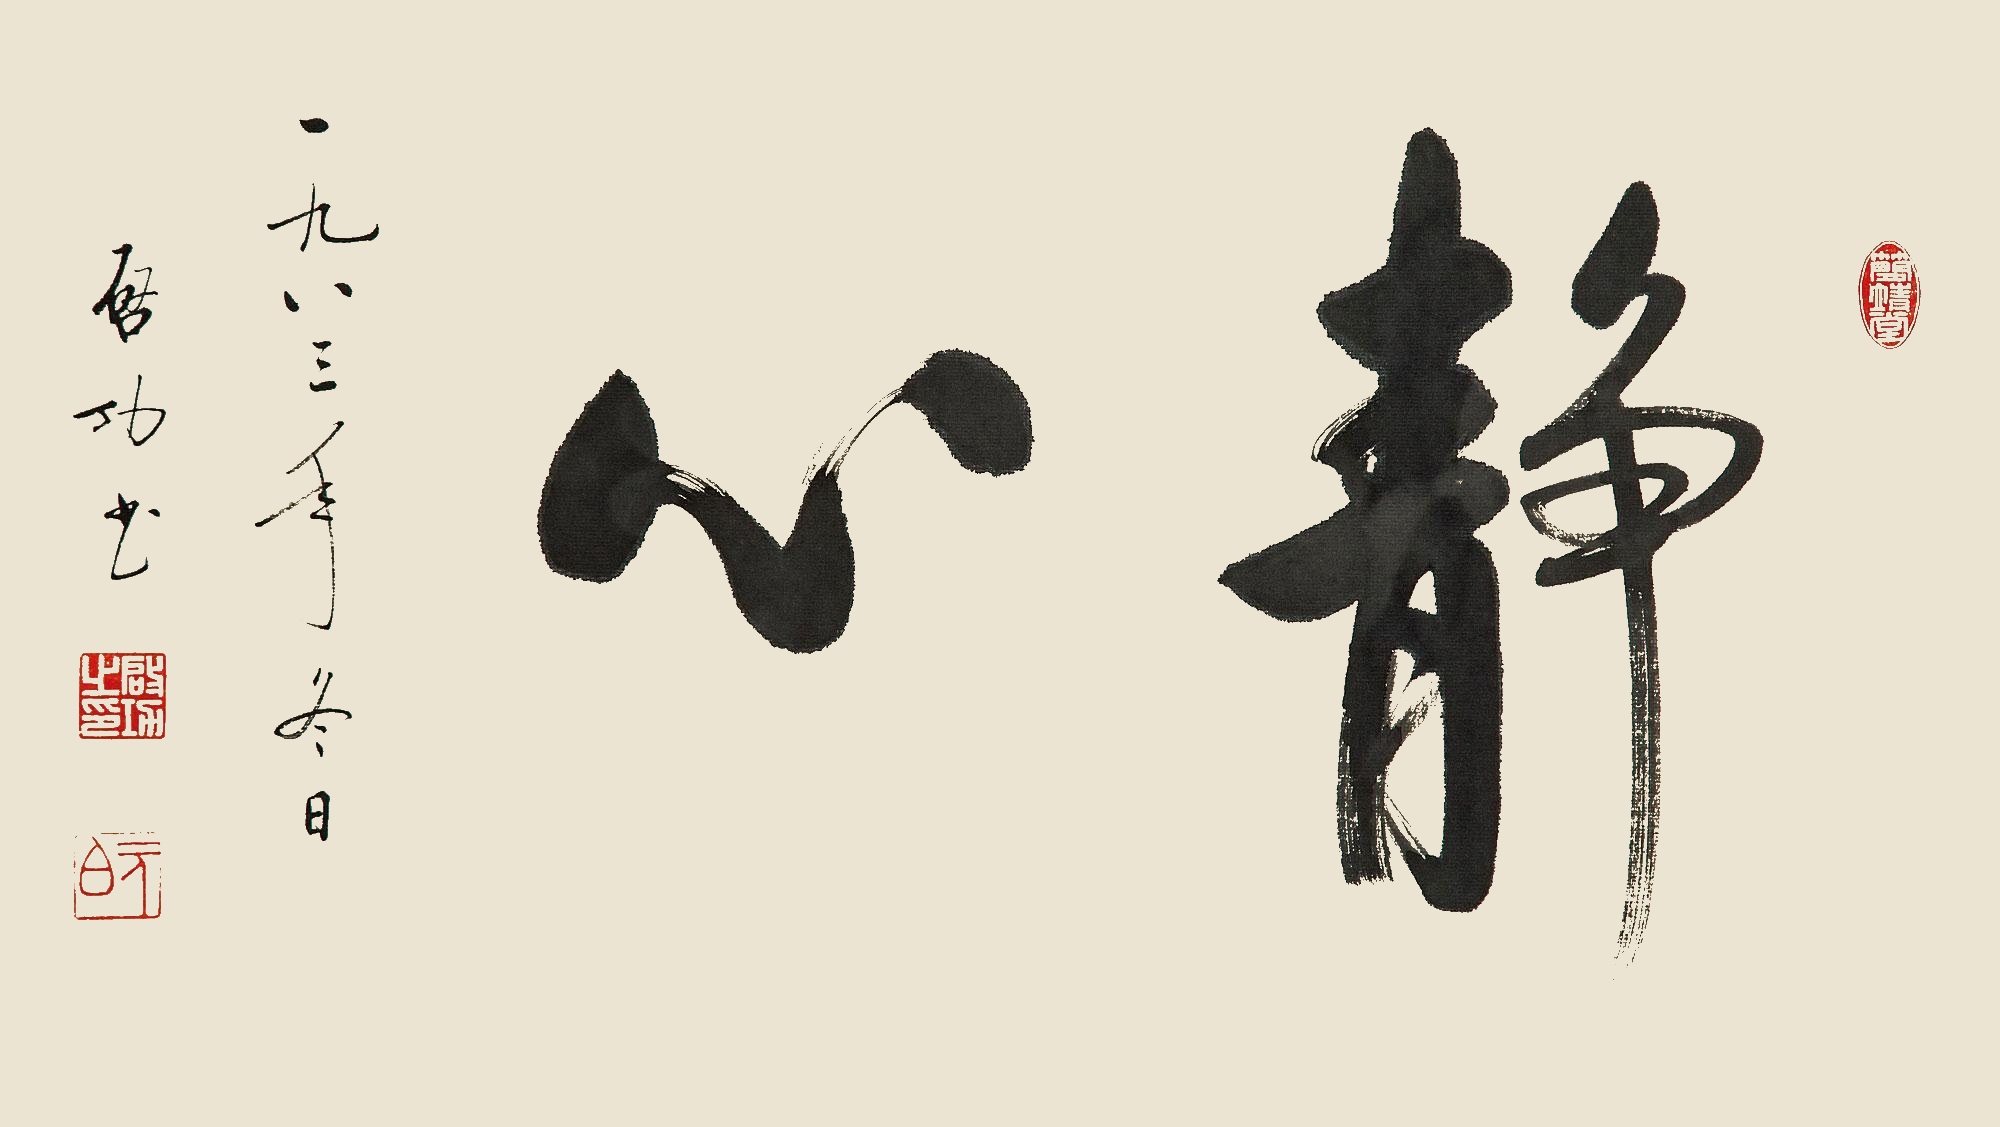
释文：静心一九八三年冬日，启功书。